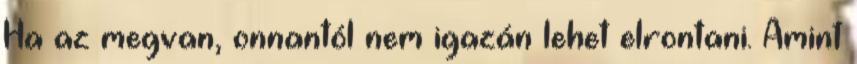
Ha az megvan, onnantól nem igazán lehet elrontani. Amint